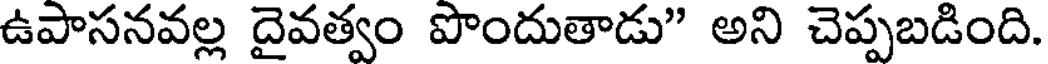
ఉపాసనవల్ల దైవత్వం పొందుతాడు" అని చెప్పబడింది.